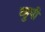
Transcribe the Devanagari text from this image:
व्हुपी